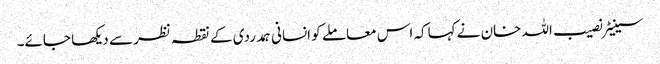
سینیٹر نصیب اللہ خان نے کہاکہ اس معاملے کو انسانی ہمدردی کے نقطہ نظر سے دیکھا جائے۔